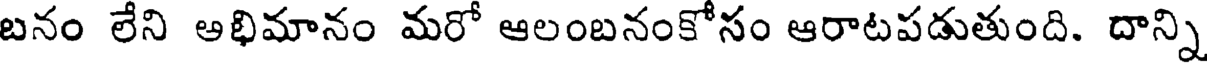
బనం లేని ఆభిమానం మరో ఆలంబనంకోసం ఆరాటపడుతుంది. దాన్ని